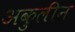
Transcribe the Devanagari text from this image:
अकुलीन